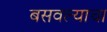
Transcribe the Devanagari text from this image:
बसवल्याचा